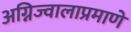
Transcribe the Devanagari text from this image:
अग्निज्वालाप्रमाणे